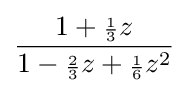
{\frac {1+{\scriptstyle {\frac {1}{3}}}z}{1-{\scriptstyle {\frac {2}{3}}}z+{\scriptstyle {\frac {1}{6}}}z^{2}}}